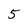
Character: 5